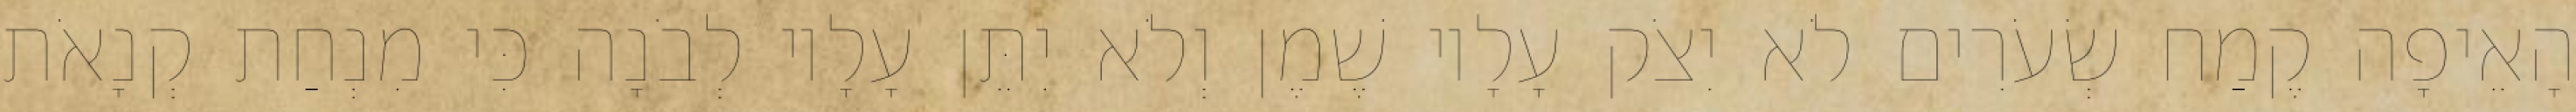
הָאֵיפָה קֶמַח שְׂעֹרִים לֹא יִצֹק עָלָיו שֶׁמֶן וְלֹא יִתֵּן עָלָיו לְבֹנָה כִּי מִנְחַת קְנָאֹת